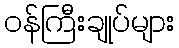
ဝန်ကြီးချုပ်များ